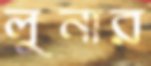
লুনার